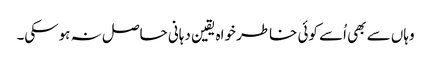
وہاں سے بھی اُسے کوئی خاطر خواہ یقین دہانی حاصل نہ ہوسکی۔